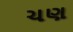
ચણ